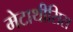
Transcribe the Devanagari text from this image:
मेटाथीसिस